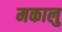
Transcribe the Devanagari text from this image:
मकालु